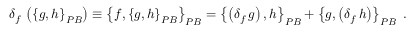
\delta _ { f } \, \left( \left\{ g , h \right\} _ { { \footnotesize P B } } \right) \equiv \left\{ f , \left\{ g , h \right\} _ { { \footnotesize P B } } \right\} _ { { \footnotesize P B } } = \left\{ \left( \delta _ { f } \, g \right) , h \right\} _ { { \footnotesize P B } } + \left\{ g , \left( \delta _ { f } \, h \right) \right\} _ { { \footnotesize P B } } \; .